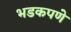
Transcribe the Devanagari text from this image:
भडकपणे